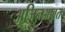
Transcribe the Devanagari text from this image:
अजिनआवृत